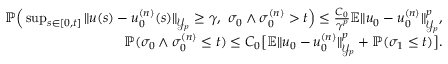
\begin{array} { r l } { { \mathbb P } \Big ( \operatorname* { s u p } _ { s \in [ 0 , t ] } \| u ( s ) - u _ { 0 } ^ { ( n ) } ( s ) \| _ { \mathcal { Y } _ { p } } \geq \gamma , \ \sigma _ { 0 } \wedge \sigma _ { 0 } ^ { ( n ) } > t \Big ) \leq \frac { C _ { 0 } } { \gamma ^ { p } } { \mathbb E } \| u _ { 0 } - u _ { 0 } ^ { ( n ) } \| _ { \mathcal { Y } _ { p } } ^ { p } , } & { } \\ { { \mathbb P } ( \sigma _ { 0 } \wedge \sigma _ { 0 } ^ { ( n ) } \leq t ) \leq C _ { 0 } \big [ { \mathbb E } \| u _ { 0 } - u _ { 0 } ^ { ( n ) } \| _ { \mathcal { Y } _ { p } } ^ { p } + { \mathbb P } ( \sigma _ { 1 } \leq t ) \big ] . } & { } \end{array}